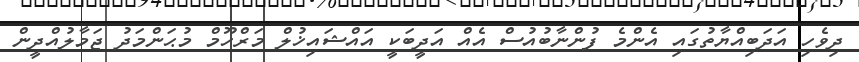
ދިވެހި އަދަބިއްޔާތުގައި އެންމެ ފުންނާބުއުސް އެއް އަދީބަކީ އައްޝައިޚުލް މަރްހޫމް މުޙަންމަދު ޖަމާލުއްދީން